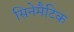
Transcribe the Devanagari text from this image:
सिनेमैटिक